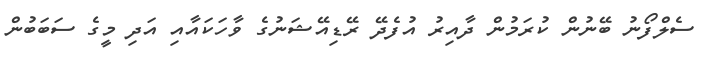
ސެލްފޯނު ބޭނުން ކުރަމުން ދާއިރު އުފެދޭ ރޭޑިއޭޝަނުގެ ވާހަކައާއި އަދި މީގެ ސަބަބުން